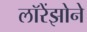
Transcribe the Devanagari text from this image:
लॉरेंझोने